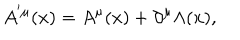
A ^ { ^ { \prime } \mu } ( x ) = A ^ { \mu } ( x ) + \partial ^ { \mu } \Lambda ( x ) ,